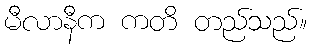
မီလာနီက ကတိ တည်သည်။